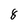
Character: 8